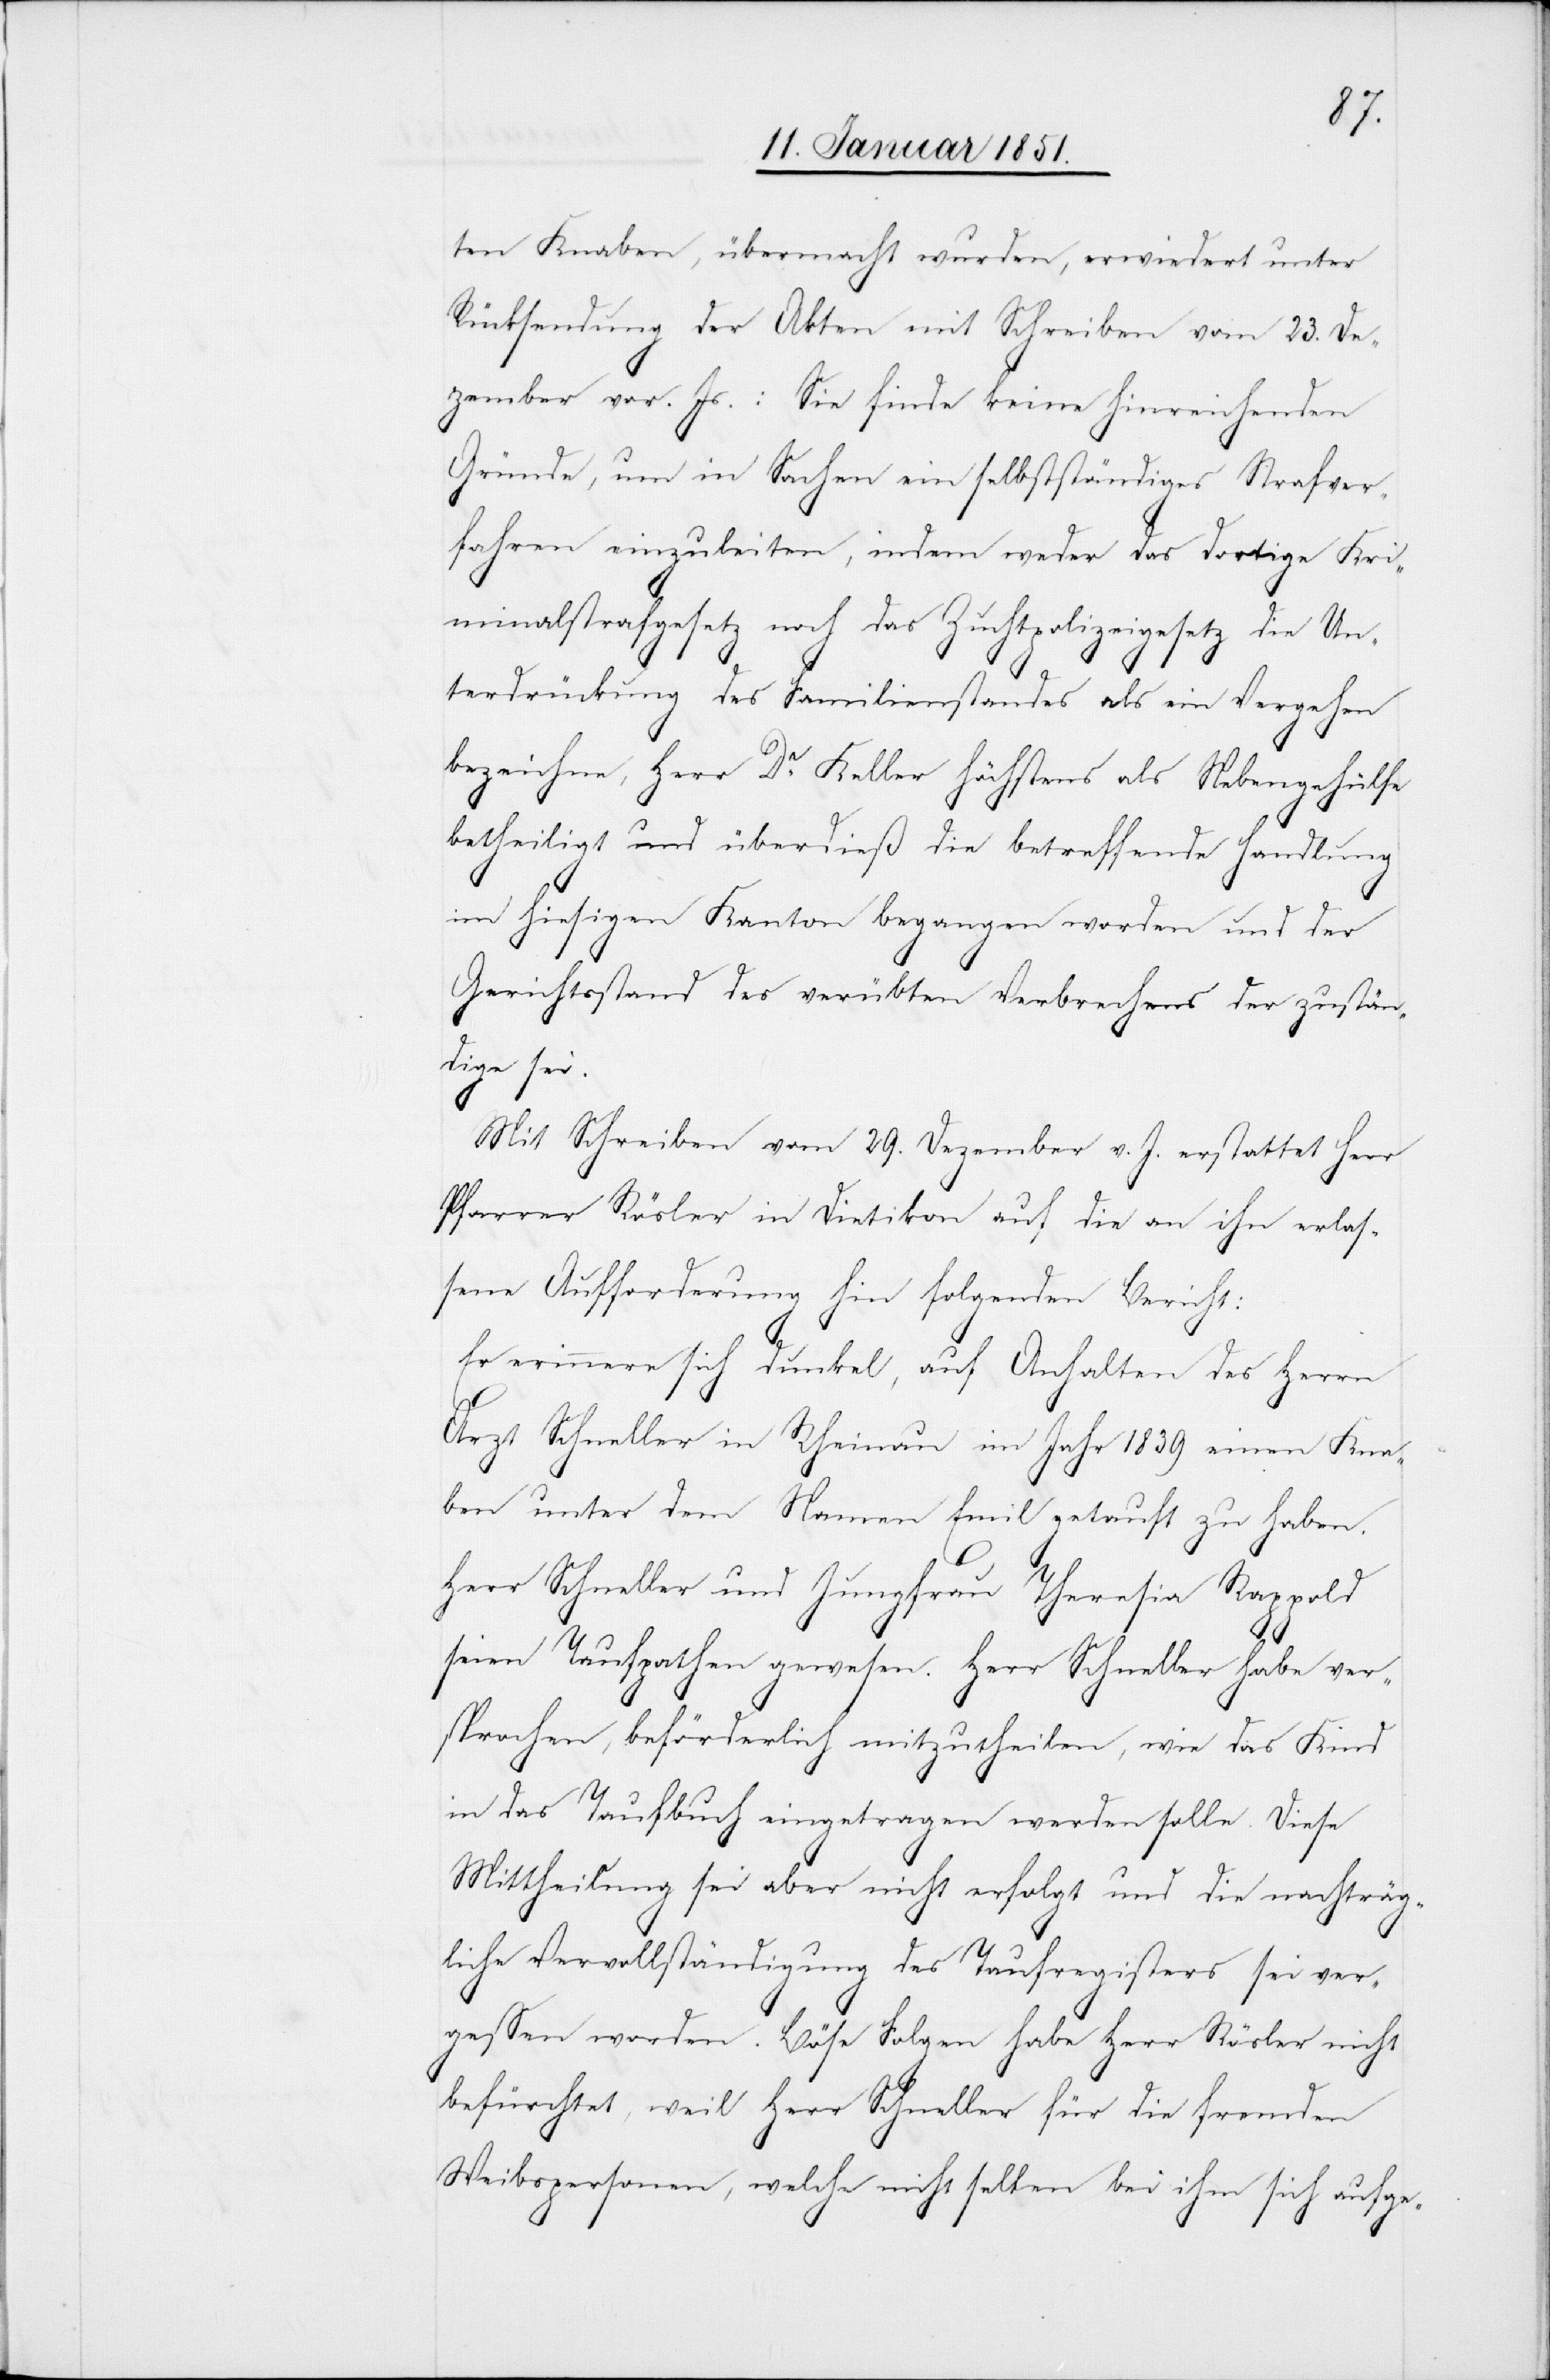
ten Knaben, übermacht wurden, erwiedert unter
Rücksendung der Akten mit Schreiben vom 23. De¬
zember vor. Js.: Sie finde keine hinreichenden
Gründe, um in Sachen ein selbstständiges Strafver¬
fahren einzuleiten, indem weder das dortige Kri¬
minalstrafgesetz noch das Zuchtpolizeigesetz die Un¬
terdrückung des Familienstandes als ein Vergehen
bezeichne, Herr Dr. Keller höchstens als Nebengehülfe
betheiligt und überdieß die betreffende Handlung
im hiesigen Kanton begangen worden und der
Gerichtsstand des verübten Verbrechens der zustän¬
dige sei.
Mit Schreiben vom 29. Dezember v. J. erstattet Herr
Pfarrer Rösler in Dietikon auf die an ihn erlas¬
sene Aufforderung hin folgenden Bericht:
Er erinnere sich dunkel, auf Anhalten des Herrn
Arzt Schneller in Rheinau im Jahr 1839 einen Kna¬
ben unter dem Namen Emil getauft zu haben.
Herr Schneller und Jungfrau Theresia Rappold
seien Taufpathen gewesen. Herr Schneller habe ver¬
sprochen, beförderlich mitzutheilen, wie das Kind
in das Taufbuch eingetragen werden solle. Diese
Mittheilung sei aber nicht erfolgt und die nachträg¬
liche Vervollständigung des Taufregisters sei ver¬
gessen worden. Böse Folgen habe Herr Rösler nicht
befürchtet, weil Herr Schneller für die fremden
Weibspersonen, welche nicht selten bei ihm sich aufge-